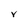
Character: V